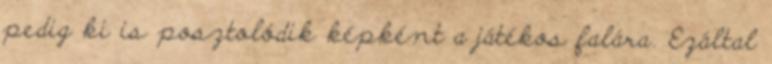
pedig ki is posztolódik képként a játékos falára. Ezáltal